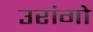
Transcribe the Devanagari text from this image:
उरांगो